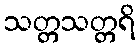
သတ္တသတ္တရိ